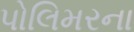
પોલિમરના